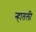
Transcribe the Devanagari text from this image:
न्हातली